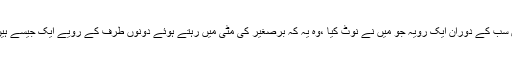
ان سب کے دوران ایک رویہ جو میں نے نوٹ کیا ،وہ یہ کہ برصغیر کی مٹی میں رہتے ہوئے دونوں طرف کے رویے ایک جیسے ہیں۔